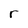
Character: r